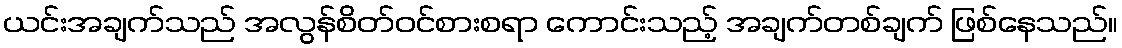
ယင်းအချက်သည် အလွန်စိတ်ဝင်စားစရာ ကောင်းသည့် အချက်တစ်ချက် ဖြစ်နေသည်။